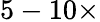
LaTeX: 5-10\times